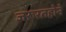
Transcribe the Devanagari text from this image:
जरूरतहोने